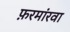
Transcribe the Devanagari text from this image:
फ़रमांरवा